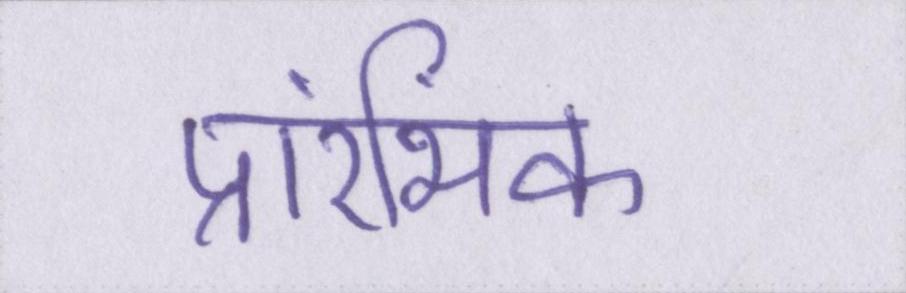
प्रारंभिक